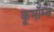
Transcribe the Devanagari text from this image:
कूमॉम्ब